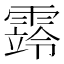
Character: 䨧